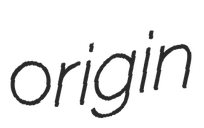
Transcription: origin